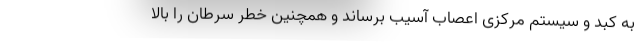
به کبد و سیستم مرکزی اعصاب آسیب برساند و همچنین خطر سرطان را بالا